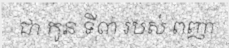
ជា កូន ទី៣ របស់ ពញា